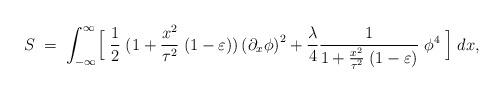
LaTeX: \begin{align*}S\;=\;\int^{\infty}_{-\infty}\Bigl[\;{1\over 2} \;(1+{x^2\over \tau^2}\;(1-\varepsilon))\left({\partial_{x}\phi}\right)^2+{\lambda\over4}{1\over{1+{x^2\over \tau^2}\;(1-\varepsilon)}}\;\phi^4 \;\Bigr]\;dx,\end{align*}